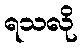
ရသလို